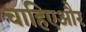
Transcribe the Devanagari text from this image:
चाहिएऔर